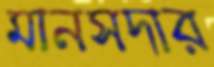
মানসদার